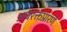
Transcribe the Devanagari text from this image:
अवरक्तप्रारणे